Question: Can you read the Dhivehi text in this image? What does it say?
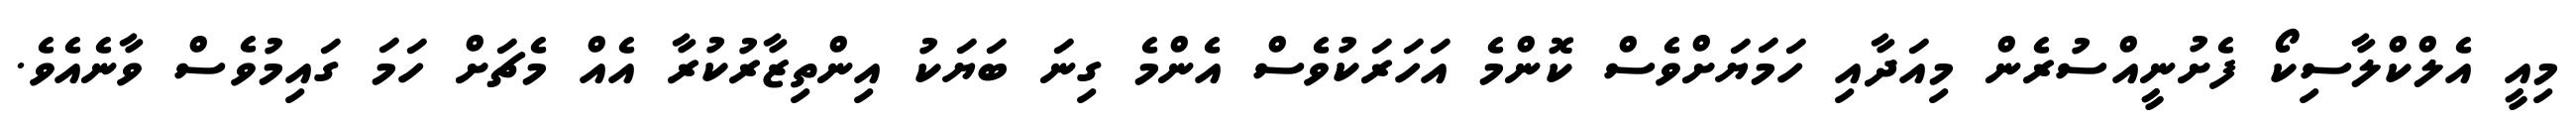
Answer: މިއީ އެލްކްލާސިކޯ ފެށުނީއްސުރެން މިއަދާއި ހަމަޔަށްވެސް ކޮންމެ އަހަރަކުވެސް އެންމެ ގިނަ ބަޔަކު އިންތިޒާރުކުރާ އެއް މެޗަށް ހަމަ ގައިމުވެސް ވާނެއެވެ.